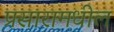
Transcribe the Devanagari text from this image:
प्रसारामधील